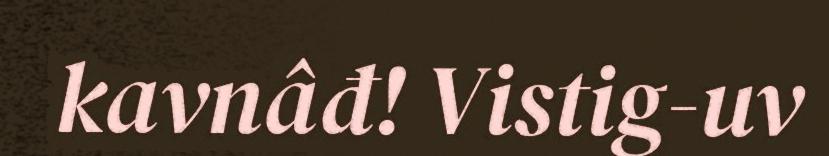
kavnâđ! Vistig-uv